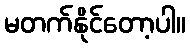
မတက်နိုင်တော့ပါ။